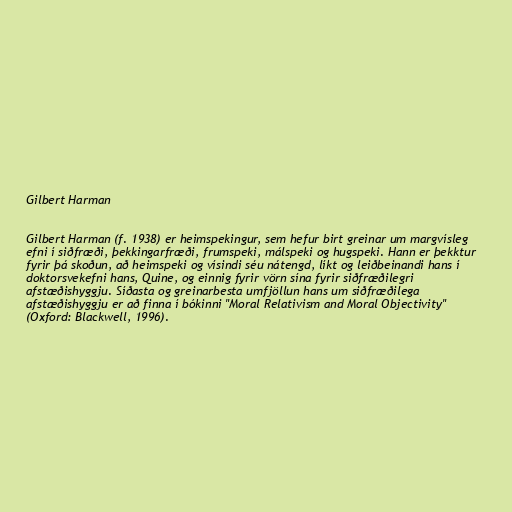
Gilbert Harman

Gilbert Harman (f. 1938) er heimspekingur, sem hefur birt greinar um margvísleg
efni í siðfræði, þekkingarfræði, frumspeki, málspeki og hugspeki. Hann er þekktur
fyrir þá skoðun, að heimspeki og vísindi séu nátengd, líkt og leiðbeinandi hans í
doktorsvekefni hans, Quine, og einnig fyrir vörn sína fyrir siðfræðilegri
afstæðishyggju. Síðasta og greinarbesta umfjöllun hans um siðfræðilega
afstæðishyggju er að finna í bókinni "Moral Relativism and Moral Objectivity"
(Oxford: Blackwell, 1996).